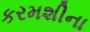
કરમશીના